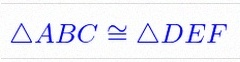
\triangle ABC\cong\triangle DEF